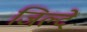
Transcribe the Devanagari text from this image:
जिल्दें